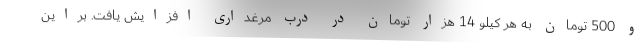
و 500 تومان به هر کیلو 14 هزار تومان در درب مرغداری افزایش یافت. براین